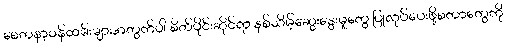
စေတနာ့ဝန်ထမ်းများအတွက်ပါ စိတ်ပိုင်းဆိုင်ရာ နှစ်သိမ့်ဆွေးနွေးမှုတွေ ပြုလုပ်ပေးဖို့စတာတွေကို